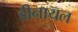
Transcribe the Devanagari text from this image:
डीनायल